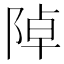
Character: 𨺑